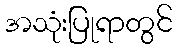
အသုံးပြုရာတွင်